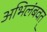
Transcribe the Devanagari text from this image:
अभिलंबवत्‌